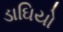
ડાઘિયો